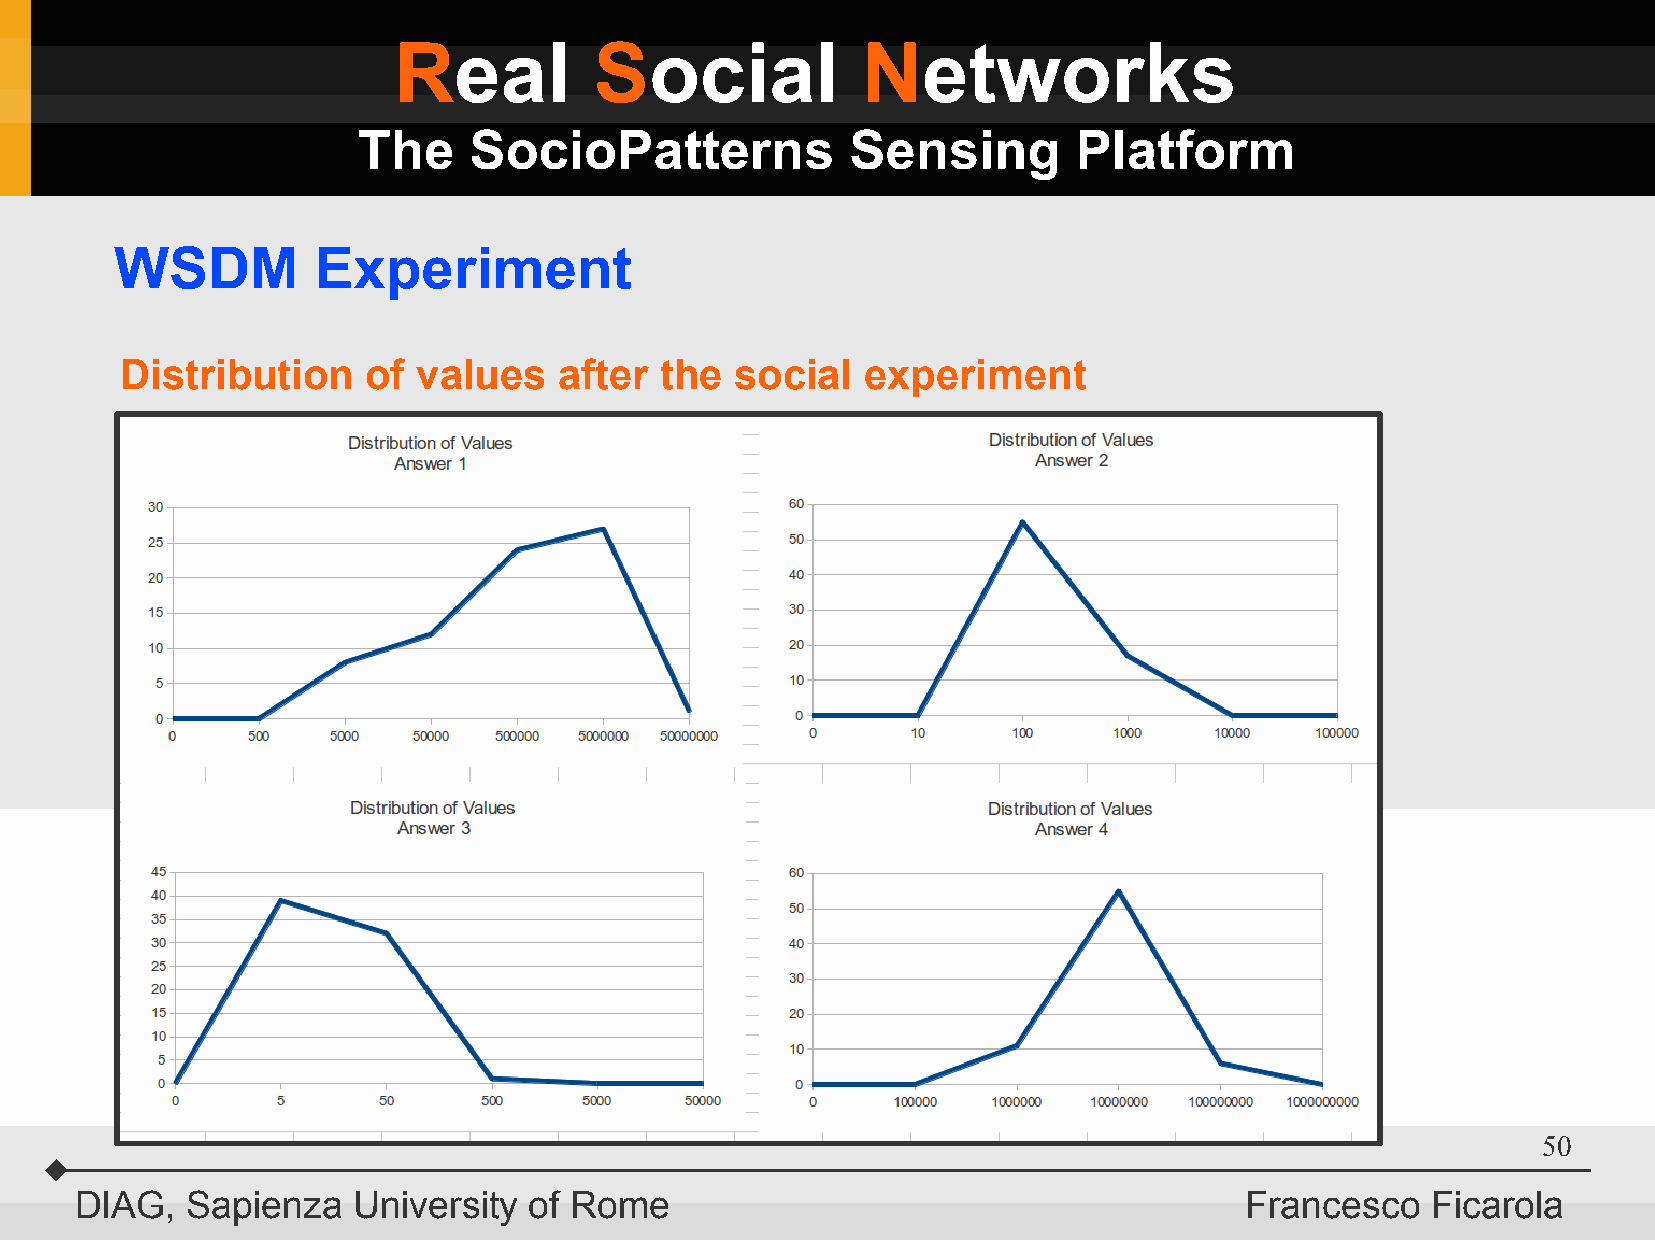
Real         Social            Networks
 The    SocioPatterns            Sensing        Platform
 WSDM         Experiment
 Distribution    of  values   after  the  social  experiment
 50
 DIAG,  Sapienza   University  of Rome                                        Francesco    Ficarola